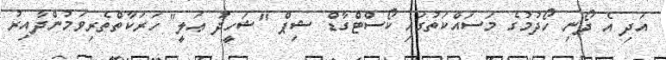
އަދި އެ ދޯނި ހޯދުމުގެ މަސައްކަތުގައި ކޯސްޓްގާޑް ޝިޕް "ޝަހީދު ޢަލީ" ހަރަކާތްތެރިވަމުންދާއިރު